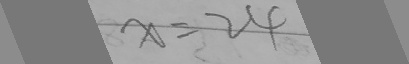
x = 2 4